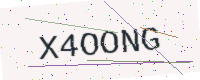
Text: X4OONG